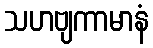
သဟဗျကာမာနံ